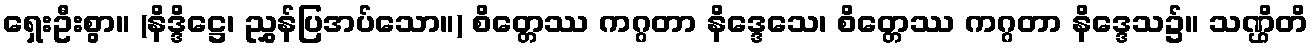
ရှေးဦးစွာ။ (နိဒ္ဒိဋ္ဌေ၊ ညွှန်ပြအပ်သော။) စိတ္တေဿ ကဂ္ဂတာ နိဒ္ဒေသေ၊ စိတ္တေဿ ကဂ္ဂတာ နိဒ္ဒေသ၌။ သဏ္ဌိတိ